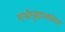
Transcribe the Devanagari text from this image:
गर्भगृहामधील